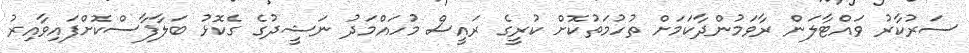
ސަރުކާރު ވައްޓާލަން ރާވަމުންދާކަމަށް ތުހުމަތުކޮށް ކުރީގެ ރައީސް މުހައްމަދު ނަޝީދުގެ ގެކޮޅު ބަލާފާސްކޮށްފައިވާއިރު